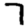
Digit: 7